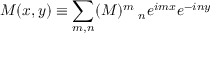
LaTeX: M ( x , y ) \equiv \sum _ { m , n } ( M ) _ { \quad n } ^ { m } e ^ { i m x } e ^ { - i n y }